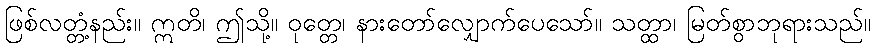
ဖြစ်လတ္တံ့နည်း။ ဣတိ၊ ဤသို့။ ဝုတ္တေ၊ နားတော်လျှောက်ပေသော်။ သတ္ထာ၊ မြတ်စွာဘုရားသည်။